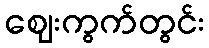
ဈေးကွက်တွင်း